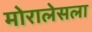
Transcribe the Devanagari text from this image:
मोरालेसला